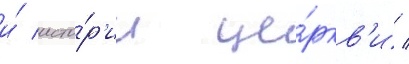
и́ исто́р'ии це́ркв'и /